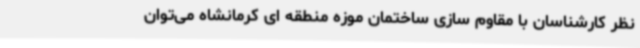
نظر کارشناسان با مقاوم سازی ساختمان موزه منطقه ای کرمانشاه می‌توان